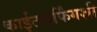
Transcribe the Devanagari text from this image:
काईटसर्फिंगशी